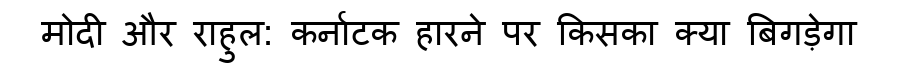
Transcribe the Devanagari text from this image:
मोदी और राहुल: कर्नाटक हारने पर किसका क्या बिगड़ेगा